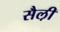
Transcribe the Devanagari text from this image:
सैल़ी